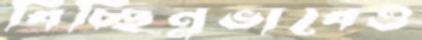
বিচ্ছিন্নভাবেও